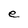
Character: e